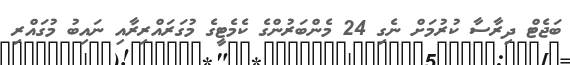
ބަޖެޓް ދިރާސާ ކުރުމަށް ނެގި 24 މެންބަރުންގެ ކެމެޓީގެ މުގަރައްރިރާއި ނައިބު މުގައްރި